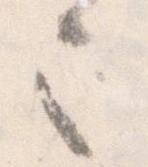
令